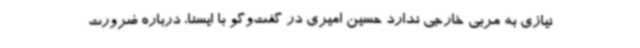
نیازی به مربی خارجی ندارد حسین امیری در گفت‌وگو با ایسنا، درباره ضرورت